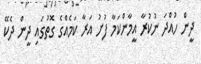
ދީން ހުއްދަ ނުކުރާ އީމާންކަމާ ފުށު އަރާ ކަމެއްގެ ގޮތުގައި ދީން ދެކޭ